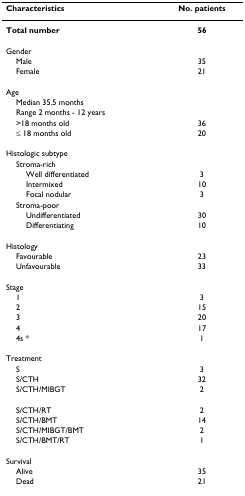
<table><thead><tr><td><b>Characteristics</b></td><td><b>No. patients</b></td></tr></thead><tbody><tr><td><b>Total number</b></td><td><b>56</b></td></tr><tr><td>Gender</td><td></td></tr><tr><td> Male</td><td>35</td></tr><tr><td> Female</td><td>21</td></tr><tr><td>Age</td><td></td></tr><tr><td> Median 35.5 months</td><td></td></tr><tr><td> Range 2 months - 12 years</td><td></td></tr><tr><td> &gt;18 months old</td><td>36</td></tr><tr><td> ≤ 18 months old</td><td>20</td></tr><tr><td>Histologic subtype</td><td></td></tr><tr><td> Stroma-rich</td><td></td></tr><tr><td>Well differentiated</td><td>3</td></tr><tr><td>Intermixed</td><td>10</td></tr><tr><td>Focal nodular</td><td>3</td></tr><tr><td> Stroma-poor</td><td></td></tr><tr><td>Undifferentiated</td><td>30</td></tr><tr><td>Differentiating</td><td>10</td></tr><tr><td>Histology</td><td></td></tr><tr><td> Favourable</td><td>23</td></tr><tr><td> Unfavourable</td><td>33</td></tr><tr><td>Stage</td><td></td></tr><tr><td> 1</td><td>3</td></tr><tr><td> 2</td><td>15</td></tr><tr><td> 3</td><td>20</td></tr><tr><td> 4</td><td>17</td></tr><tr><td> 4s *</td><td>1</td></tr><tr><td>Treatment</td><td></td></tr><tr><td> S</td><td>3</td></tr><tr><td> S/CTH</td><td>32</td></tr><tr><td> S/CTH/MIBGT</td><td>2</td></tr><tr><td> S/CTH/RT</td><td>2</td></tr><tr><td> S/CTH/BMT</td><td>14</td></tr><tr><td> S/CTH/MIBGT/BMT</td><td>2</td></tr><tr><td> S/CTH/BMT/RT</td><td>1</td></tr><tr><td>Survival</td><td></td></tr><tr><td> Alive</td><td>35</td></tr><tr><td> Dead</td><td>21</td></tr></tbody></table>